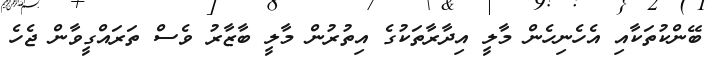
ބޭންކުތަކާއި އެހެނިހެން މާލީ އިދާރާތަކުގެ އިތުރުން މާލީ ބާޒާރު ވެސް ތަރައްގީވާން ޖެހެ